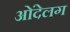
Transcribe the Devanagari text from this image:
ओंदेलग